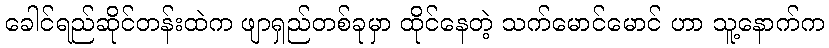
ခေါင်ရည်ဆိုင်တန်းထဲက ဖျာရှည်တစ်ခုမှာ ထိုင်နေတဲ့ သက်မောင်မောင် ဟာ သူ့နောက်က